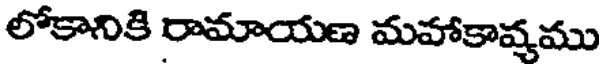
లోకానికి రామాయణ మహాకావ్వము